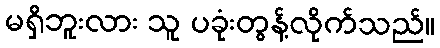
မရှိဘူးလား သူ ပခုံးတွန့်လိုက်သည်။